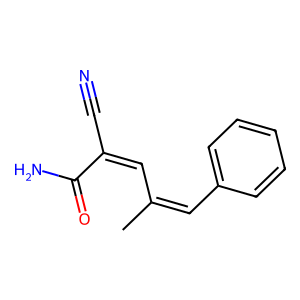
SMILES: CC(=Cc1ccccc1)C=C(C#N)C(N)=O
Inhibits HIV replication: No